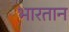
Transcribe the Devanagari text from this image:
भारतान